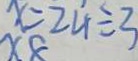
x = 2 4 \div 3